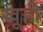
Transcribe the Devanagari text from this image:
खूही